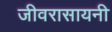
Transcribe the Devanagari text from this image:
जीवरासायनी